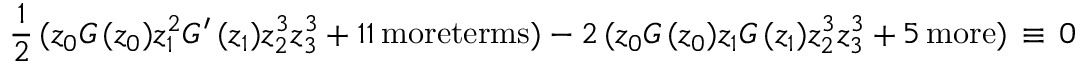
\frac { 1 } { 2 } \, ( z _ { 0 } G \, ( z _ { 0 } ) z _ { 1 } ^ { 2 } G ^ { \prime } \, ( z _ { 1 } ) z _ { 2 } ^ { 3 } z _ { 3 } ^ { 3 } + 1 1 \, \mathrm { m o r e t e r m s } ) - 2 \, ( z _ { 0 } G \, ( z _ { 0 } ) z _ { 1 } G \, ( z _ { 1 } ) z _ { 2 } ^ { 3 } z _ { 3 } ^ { 3 } + 5 \, \mathrm { m o r e } ) \, \equiv \, 0